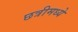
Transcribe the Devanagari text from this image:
छत्रीमध्ये